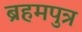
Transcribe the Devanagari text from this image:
ब्रहमपुत्र